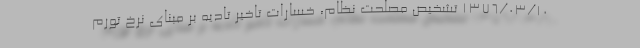
1376/03/10 تشخیص مصلحت نظام، خسارات تاخیر تادیه بر مبنای نرخ تورم